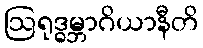
ဩရုဒ္ဓမ္ဘာဂိယာနီတိ